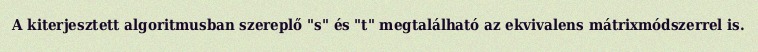
A kiterjesztett algoritmusban szereplő "s" és "t" megtalálható az ekvivalens mátrixmódszerrel is.